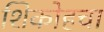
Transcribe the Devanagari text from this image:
शिकोहचा